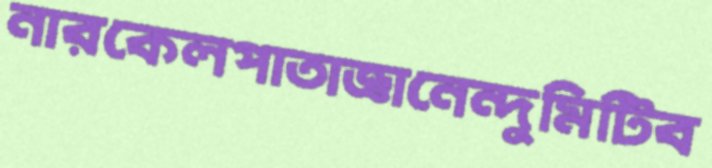
নারকেলপাতাজ্ঞানেন্দুমিটিব